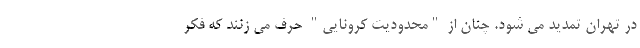
در تهران تمدید می شود. چنان از "محدودیت کرونایی" حرف می زنند که فکر